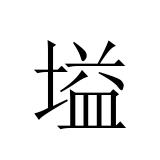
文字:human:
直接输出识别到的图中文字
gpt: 塧